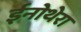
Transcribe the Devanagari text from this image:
ईनोथेरा